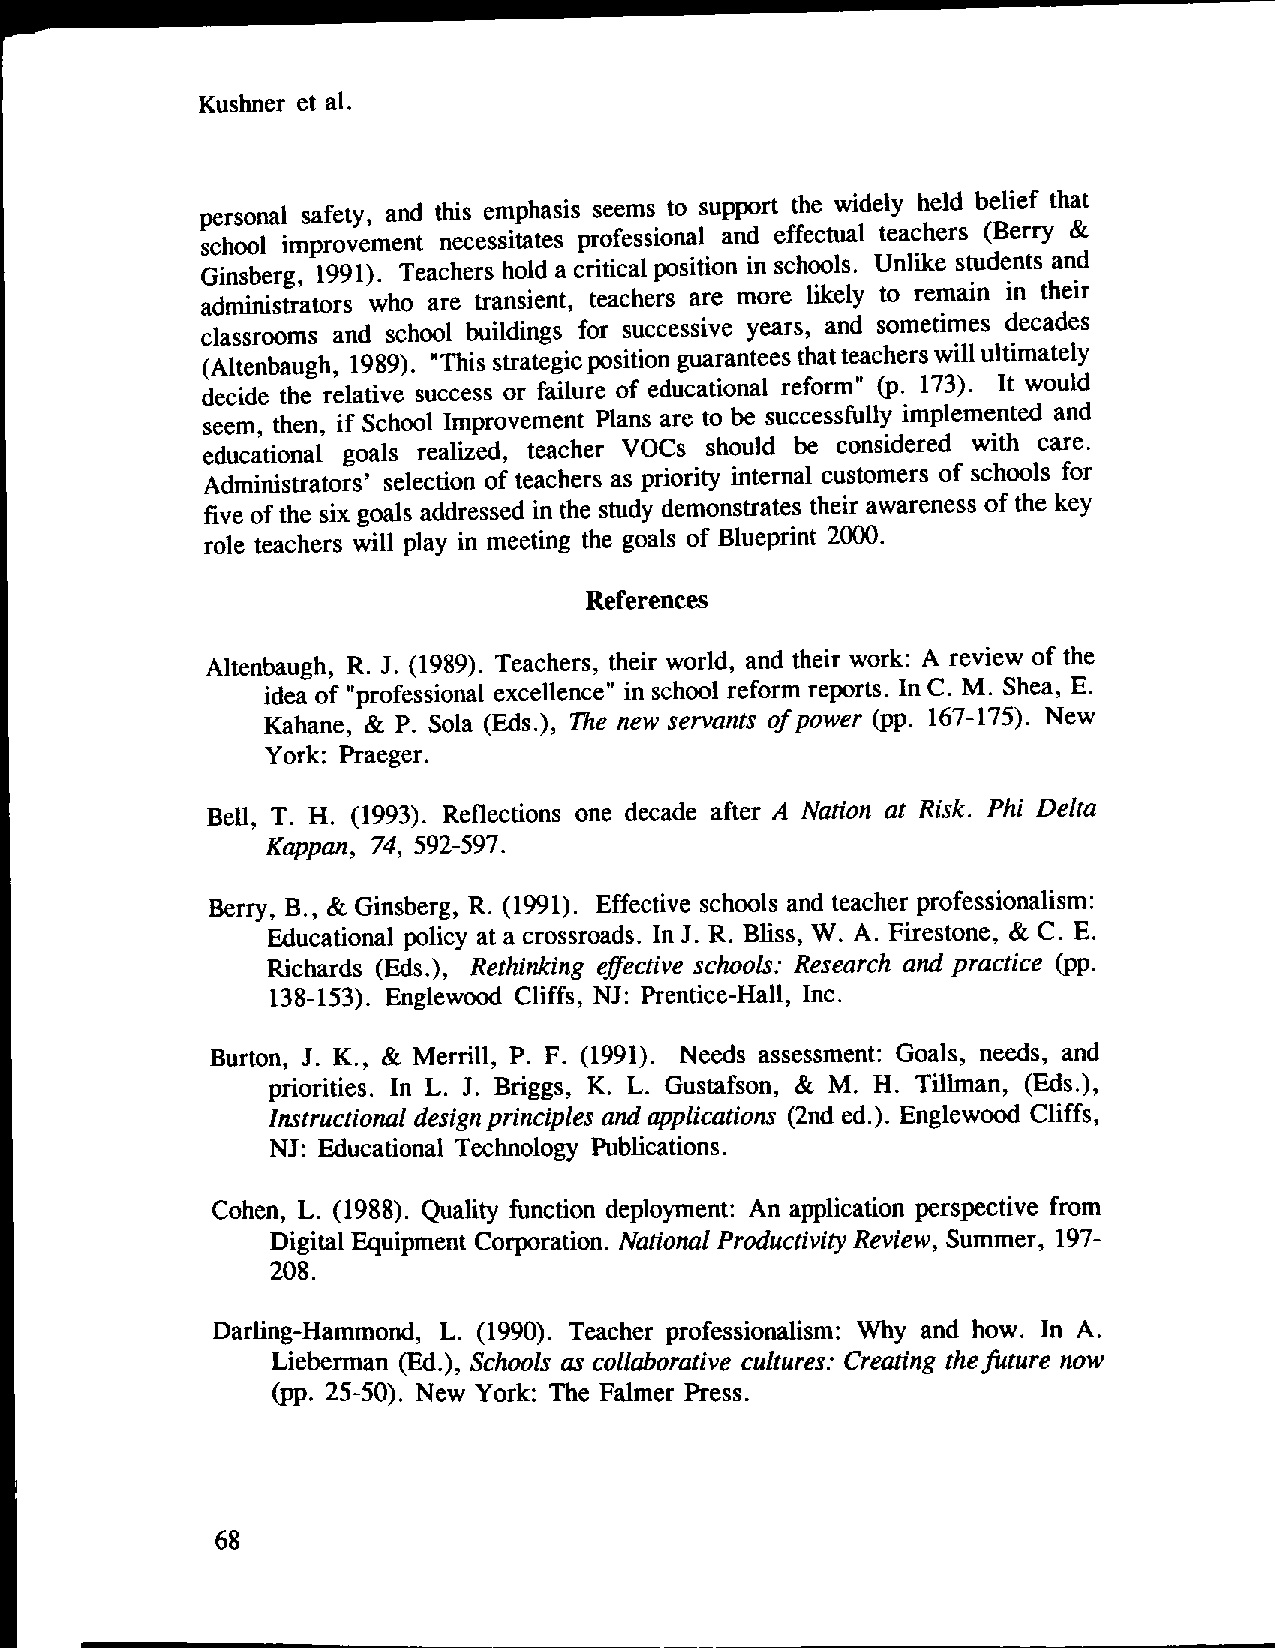
Kushner et al.
 personal safety, and this emphasis seems to support the widely held belief that
 school improvement necessitates professional and effectual teachers (Berry &
 Ginsberg, 1991). Teachers hold a critical position in schools. Unlike students and
 administrators who are transient, teachers are more likely to remain in their
 classrooms and school buildings for successive years, and sometimes decades
 (Altenbaugh, 1989). "This strategic position guarantees thatteachers will ultimately
 decide the relative success or failure of educational reform" (p. 173). It would
 seem, then, if School Improvement Plans are to be successfully implemented and
 educational goals realized, teacher VOCs should be considered with care.
 Administrators' selection of teachers as priority internal customers of schools for
 five of the six goals addressed in the study demonstrates their awareness of the key
 role teachers will play in meeting the goals of Blueprint 2000.
 References
 Altenbaugh, R. J. (1989). Teachers, their world, and their work: A review of the
 idea of "professional excellence" in school reform reports. In C. M. Shea, E.
 Kahane, & P. Sola (Eds.), The new servants of power (pp. 167-175). New
 York: Praeger.
 Bell, T. H. (1993). Reflections one decade after A Nation at Risk. Phi Delta
 Kappan, 74, 592-597.
 Berry, B., & Ginsberg, R. (1991). Effective schools and teacher professionalism:
 Educational policy at a crossroads. In 1.R. Bliss, W. A. Firestone, & C. E.
 Richards (Eds.), Rethinking effective schools: Research and practice (pp.
 138-153). Englewood Cliffs, NJ: Prentice-Hall, Inc.
 Burton, J. K., & Merrill, P. F. (1991). Needs assessment: Goals, needs, and
 priorities. In L. J. Briggs, K. L. Gustafson, & M. H. Tillman, (Eds.),
 Instructional design principles and applications (2nd ed.). Englewood Cliffs,
 NJ: Educational Technology Publications.
 Cohen, L. (1988). Quality function deployment: An application perspective from
 Digital Equipment Corporation. National Productivity Review, Summer 197-
 208.                                               '
 Darling-Hammond, L. (1990). Teacher professionalism: Why and how. In A.
 Lieberman (Ed.), Schools as collaborative cultures: Creating thefuture now
 (pp. 25-50). New York: The Falmer Press.
 68